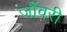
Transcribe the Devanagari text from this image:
जौंवरी